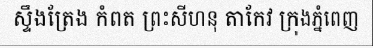
ស្ទឹងត្រែង កំពត ព្រះសីហនុ តាកែវ ក្រុងភ្នំពេញ